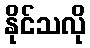
နိုင်သလို